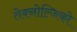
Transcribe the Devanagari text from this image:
तेक्नोल्जिको